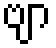
ဗျာ